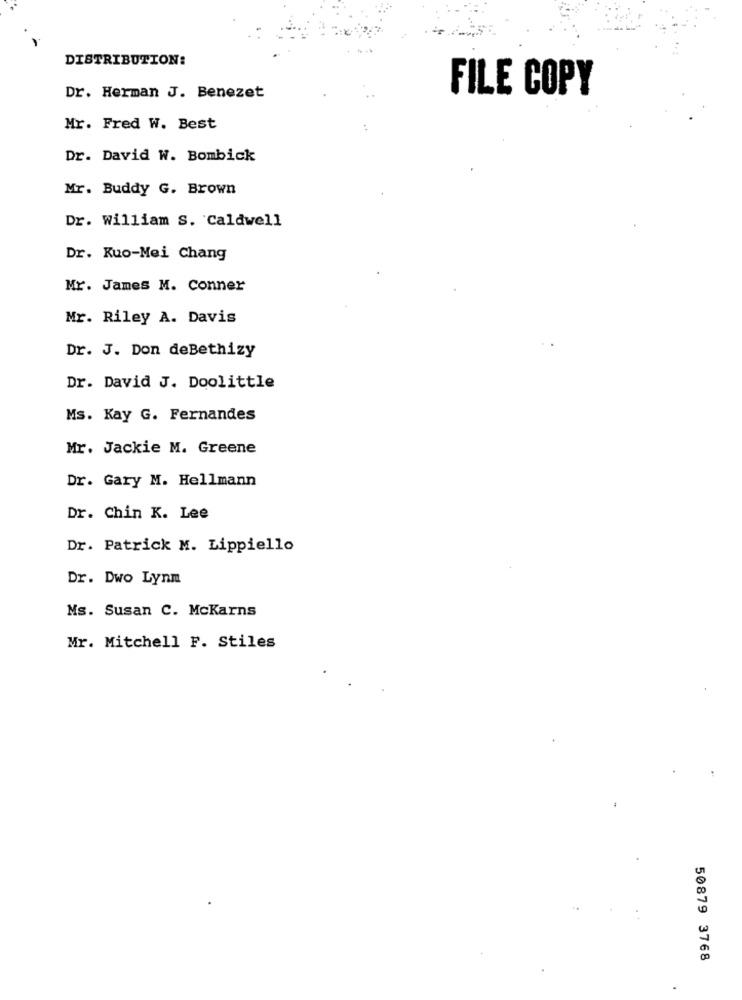
DISTRIBUTION:
FILE COPY
Dr. Herman J. Benezet
Mr. Fred W. Best
Dr. David W. Bombick
Mr. Buddy G. Brown
Dr. William S. Caldwell
Dr. Kuo-Mei Chang
Mr. James M. Conner
Mr. Riley A. Davis
Dr. J. Don deBethizy
Dr. David J. Doolittle
Ms. Kay G. Fernandes
Mr. Jackie M. Greene
Dr. Gary M. Hellmann
Dr. Chin K. Lee
Dr. Patrick M. Lippiello
Dr. Dwo Lynn
Ms. Susan C. McKarns
Mr. Mitchell F. Stiles
50879 3768